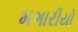
મગારીયો